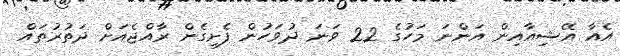
އެއާ އޭޝިއާއިން އަންނަ މަހުގެ 22 ވަނަ ދުވަހުން ފެށިގެން ރާއްޖެއަށް ދަތުރުތައް